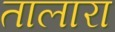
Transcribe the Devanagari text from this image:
तालारा